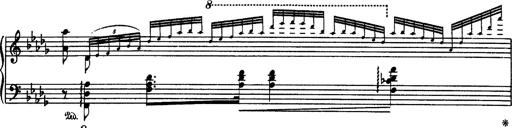
Title: Paraphrase de concert sur Rigoletto
Composer: Franz Liszt